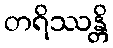
တရိဿန္တိ